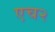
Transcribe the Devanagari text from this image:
एच२